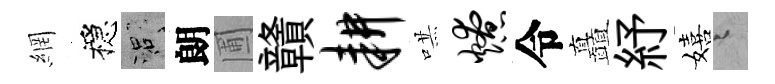
網穩口朗圃贛耕哄燎令矗紓嬉迢